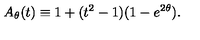
A _ { \theta } ( t ) \equiv 1 + ( t ^ { 2 } - 1 ) ( 1 - e ^ { 2 \theta } ) .